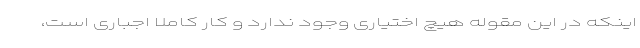
اینکه در این مقوله هیچ اختیاری وجود ندارد و کار کاملاً اجباری است،